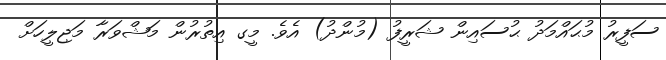
ސަފީރު މުޙައްމަދު ޙުސައިން ޝަރީފު (މުންދު) އެވެ. މީގ އިތުރުން މަޝްވަރާ މަޖިލީހަށް